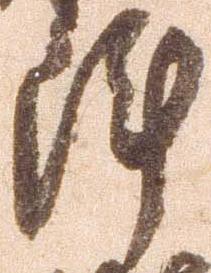
陣